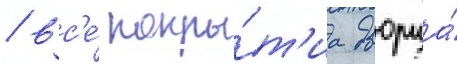
/ вс'е́ покры́т'иа дворца́